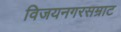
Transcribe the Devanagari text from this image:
विजयनगरसम्राट